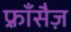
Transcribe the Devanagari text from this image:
फ़्राँसैज़